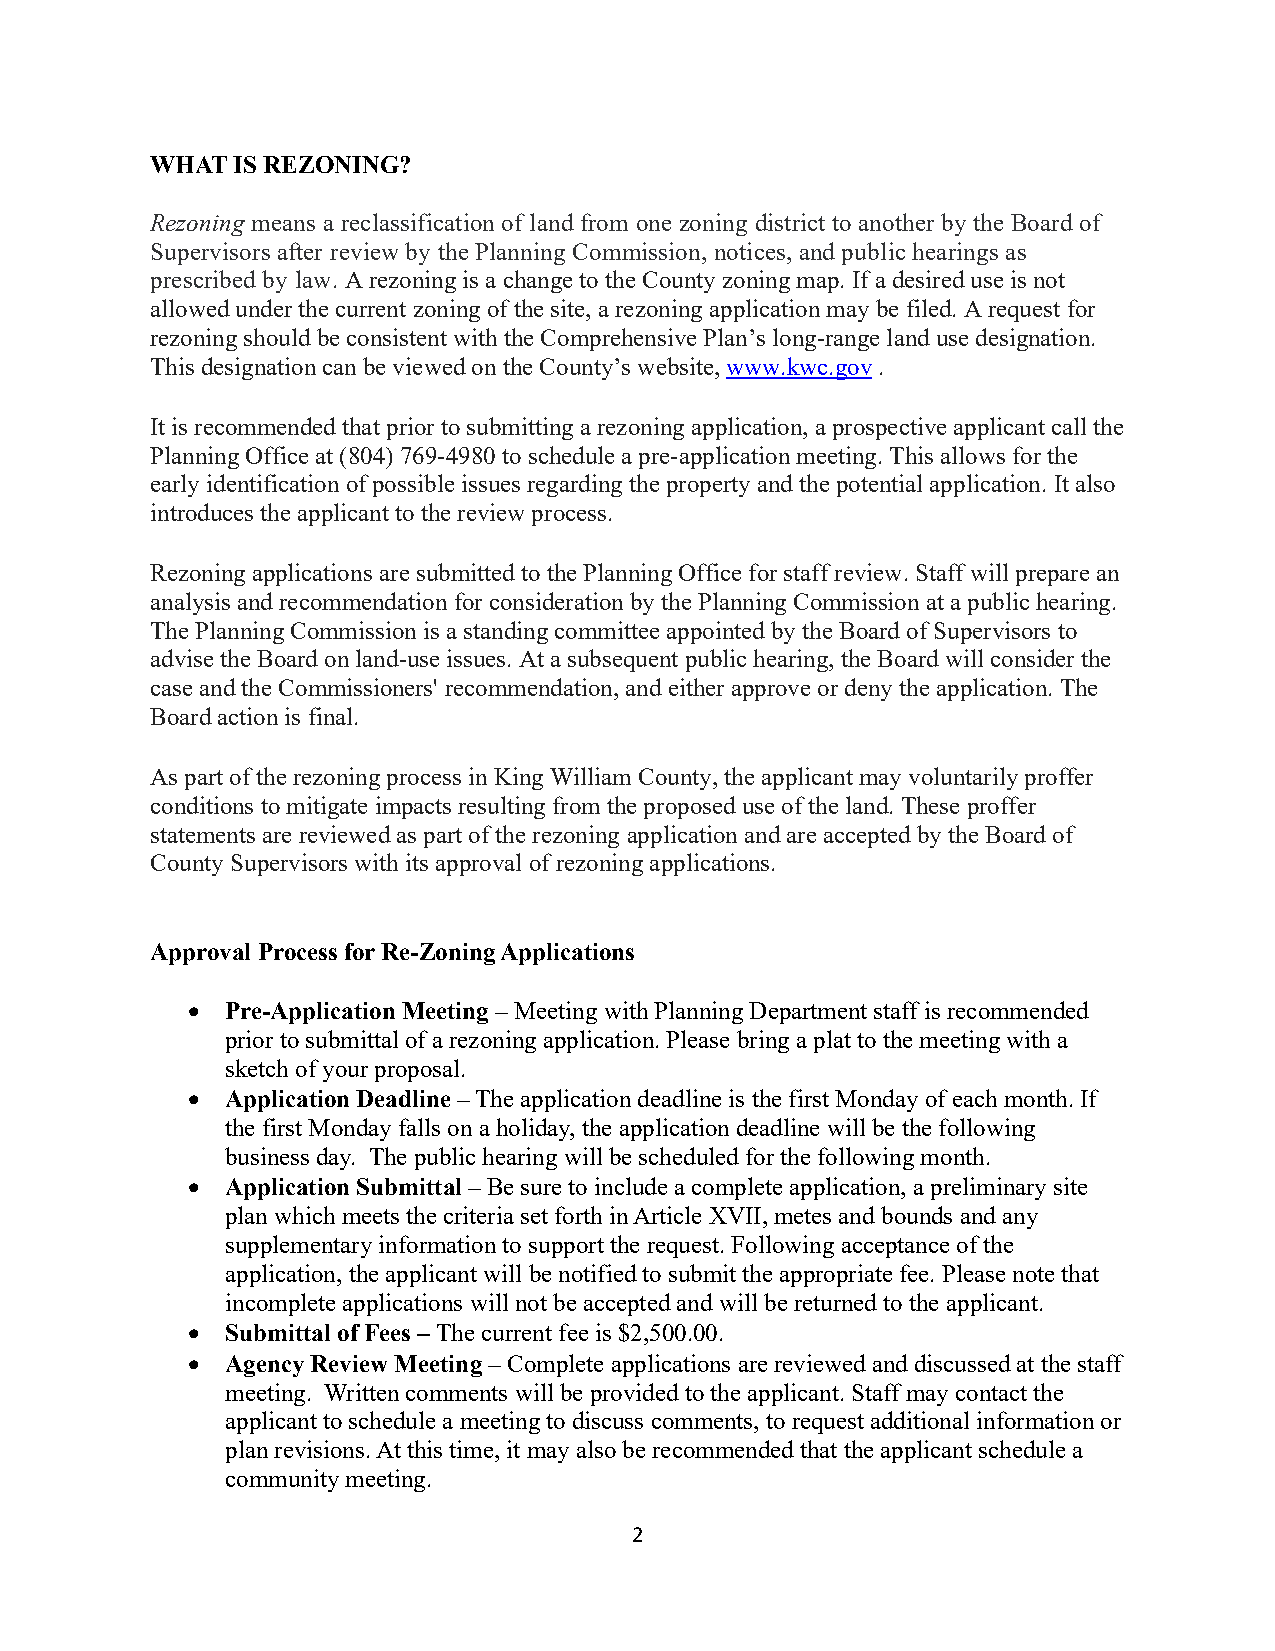
WHAT IS REZONING?
 Rezoning means a reclassification of land from one zoning district to another by the Board of
 Supervisors after review by the Planning Commission, notices, and public hearings as
 prescribed by law. A rezoning is a change to the County zoning map. If a desired use is not
 allowed under the current zoning of the site, a rezoning application may be filed. A request for
 rezoning should be consistent with the Comprehensive Plan’s long-range land use designation.
 This designation can be viewed on the County’s website, www.kwc.gov .
 It is recommended that prior to submitting a rezoning application, a prospective applicant call the
 Planning Office at (804) 769-4980 to schedule a pre-application meeting. This allows for the
 early identification of possible issues regarding the property and the potential application. It also
 introduces the applicant to the review process.
 Rezoning applications are submitted to the Planning Office for staff review. Staff will prepare an
 analysis and recommendation for consideration by the Planning Commission at a public hearing.
 The Planning Commission is a standing committee appointed by the Board of Supervisors to
 advise the Board on land-use issues. At a subsequent public hearing, the Board will consider the
 case and the Commissioners' recommendation, and either approve or deny the application. The
 Board action is final.
 As part of the rezoning process in King William County, the applicant may voluntarily proffer
 conditions to mitigate impacts resulting from the proposed use of the land. These proffer
 statements are reviewed as part of the rezoning application and are accepted by the Board of
 County Supervisors with its approval of rezoning applications.
 Approval Process for Re-Zoning Applications
 •  Pre-Application Meeting – Meeting with Planning Department staff is recommended
 prior to submittal of a rezoning application. Please bring a plat to the meeting with a
 sketch of your proposal.
 •  Application Deadline – The application deadline is the first Monday of each month. If
 the first Monday falls on a holiday, the application deadline will be the following
 business day. The public hearing will be scheduled for the following month.
 •  Application Submittal – Be sure to include a complete application, a preliminary site
 plan which meets the criteria set forth in Article XVII, metes and bounds and any
 supplementary information to support the request. Following acceptance of the
 application, the applicant will be notified to submit the appropriate fee. Please note that
 incomplete applications will not be accepted and will be returned to the applicant.
 •  Submittal of Fees – The current fee is $2,500.00.
 •  Agency Review Meeting – Complete applications are reviewed and discussed at the staff
 meeting. Written comments will be provided to the applicant. Staff may contact the
 applicant to schedule a meeting to discuss comments, to request additional information or
 plan revisions. At this time, it may also be recommended that the applicant schedule a
 community meeting.
 2